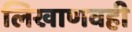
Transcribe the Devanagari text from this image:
लिखाणवही